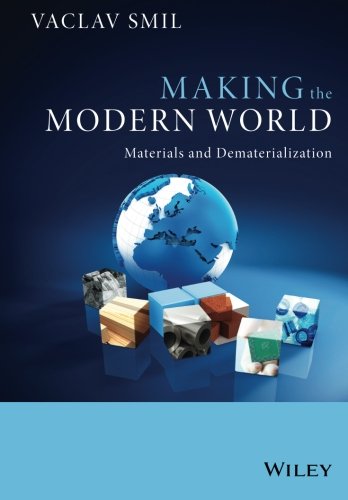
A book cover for Making the Modern World: Materials and Dematerialization; Vaclav Smil; Engineering & Transportation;